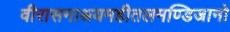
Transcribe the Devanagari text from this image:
वीरासनाश्रयमहीतलमण्डिजानो